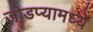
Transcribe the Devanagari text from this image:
जोडप्यामध्ये